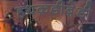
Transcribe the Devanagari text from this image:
हथक़डीब़ेडी